Physical education and physical well-being, 1936
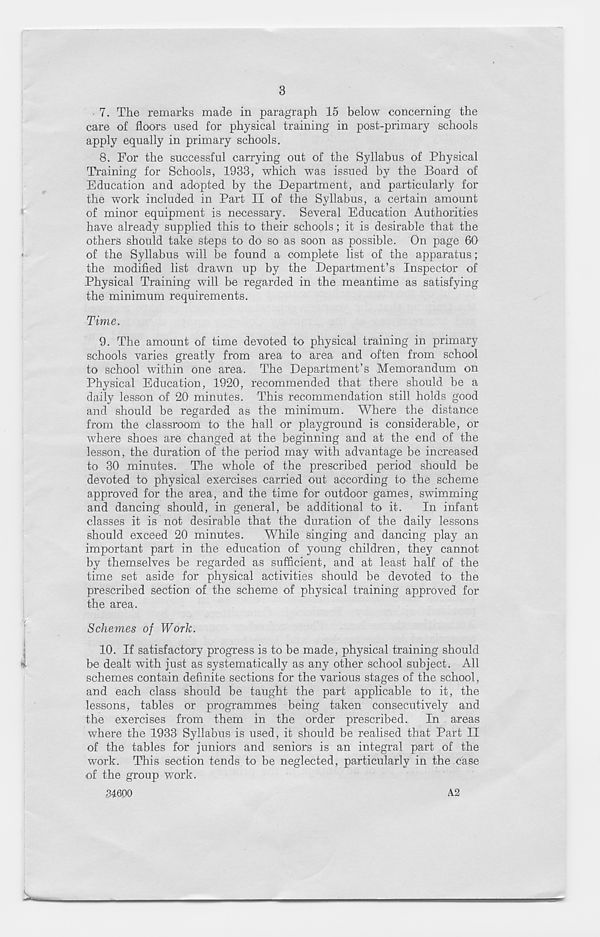
3
7. The remarks made in paragraph 15 below concerning the
care of floors used for physical training in post-primary schools
apply equally in primary schools.
8. For the successful carrying out of the Syllabus of Physical
Training for Schools, 1933, which was issued by the Board of
Education and adopted by the Department, and particularly for
the work included in Part II of the Syllabus, a certain amount
of minor equipment is necessary. Several Education Authorities
have already supplied this to their schools; it is desirable that the
others should take steps to do so as soon as possible. On page 60'
of the Syllabus will be found a complete list of the apparatus;
the modified list drawn up by the Department’s Inspector of
Physical Training will be regarded in the meantime as satisfying
the minimum requirements.
Time.
9. The amount of time devoted to physical training in primary
schools varies greatly from area to area and often from school
to school within one area. The Department’s Memorandum on
Physical Education, 1920, recommended that there should be a
daily lesson of 20 minutes. This recommendation still holds good
and should be regarded as the minimum. Where the distance
from the classroom to the hall or playground is considerable, or
where shoes are changed at the beginning and at the end of the
lesson, the duration of the period may with advantage be increased
to 30 minutes. The whole of the prescribed period should be
devoted to physical exercises carried out according to the scheme
approved for the area, and the time for outdoor games, swimming
and dancing should, in general, be additional to it.
In infant
classes it is not desirable that the duration of the daily lessons
should exceed 20 minutes.
While singing and dancing play an
important part in the education of young children, they cannot
by themselves be regarded as sufficient, and at least half of the
time set aside for physical activities should be devoted to the
prescribed section of the scheme of physical training approved for
the area.
Schemes of Work.
10. If satisfactory progress is to be made, physical training should
be dealt with just as systematically as any other school subject. All
schemes contain definite sections for the various stages of the school,
and each class should be taught the part applicable to it, the
lessons, tables or programmes being taken consecutively and
the exercises from them in the order prescribed. In areas
where the 1933 Syllabus is used, it should be realised that Part II
of the tables for juniors and seniors is an integral part of the
work. This section tends to be neglected, particularly in the case
of the group work.
-34600
A.2